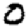
Digit: 0